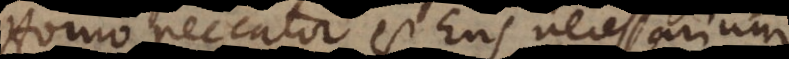
Homo peccator est Ens necessarium